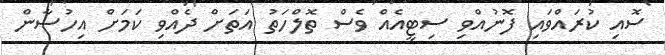
ސޮއި ކުރައްވައި ފޮނުއްވި ސިޓީއެއް ވެސް ތޮލްހަތު އަތަށް ދެއްވި ކަމަށް އިހުސާން